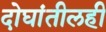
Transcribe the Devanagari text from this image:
दोघांतीलही